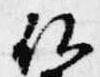
仏